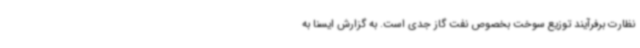
نظارت برفرآیند توزیع سوخت بخصوص نفت گاز جدی است. به گزارش ایسنا به